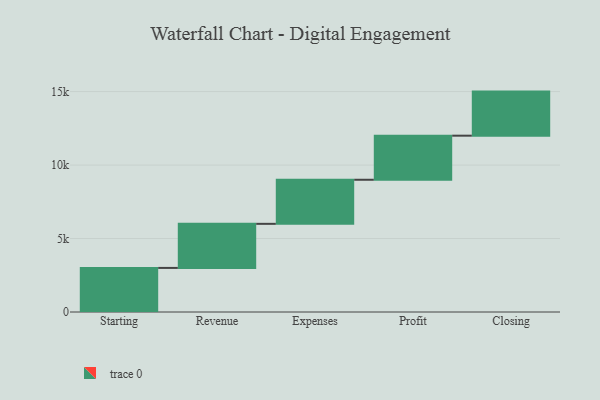
{"axis": {"x": "Step", "y": "Value"}, "legend": [""], "data": [{"x": "Starting", "y": 3000, "type": ""}, {"x": "Revenue", "y": 3000, "type": ""}, {"x": "Expenses", "y": 3000, "type": ""}, {"x": "Profit", "y": 3000, "type": ""}, {"x": "Closing", "y": 3000, "type": ""}]}